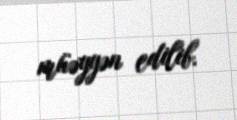
müəyyən edilib.